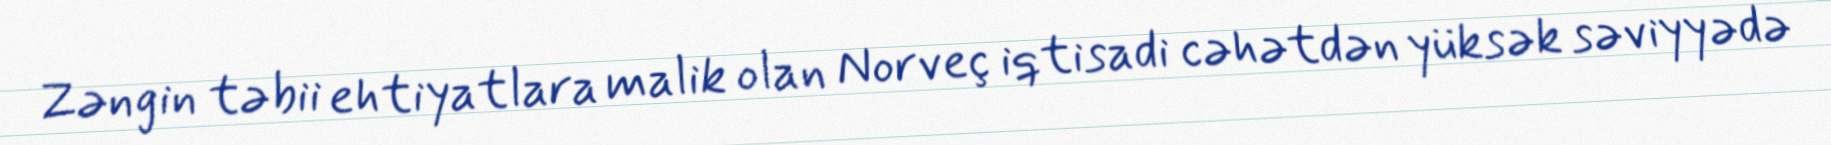
Zəngin təbii ehtiyatlara malik olan Norveç iqtisadi cəhətdən yüksək səviyyədə